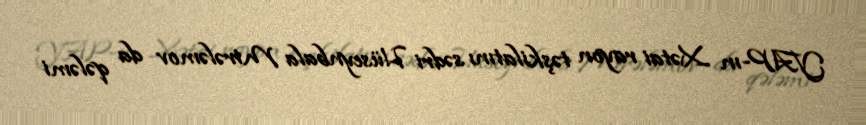
YAP-ın Xətai rayon təşkilatını sədri Hüseynbala Mirələmov da qələmi